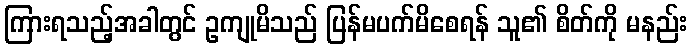
ကြားရသည့်အခါတွင် ဥကျုမိသည် ပြန်မပက်မိစေရန် သူ၏ စိတ်ကို မနည်း